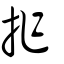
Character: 拃